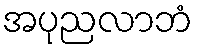
အပုညလာဘံ